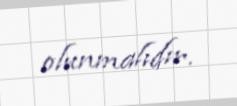
olunmalıdır.